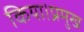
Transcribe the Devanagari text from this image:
किया।प्रमुख